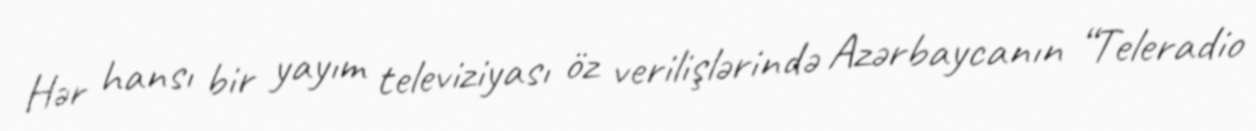
Hər hansı bir yayım televiziyası öz verilişlərində Azərbaycanın “Teleradio